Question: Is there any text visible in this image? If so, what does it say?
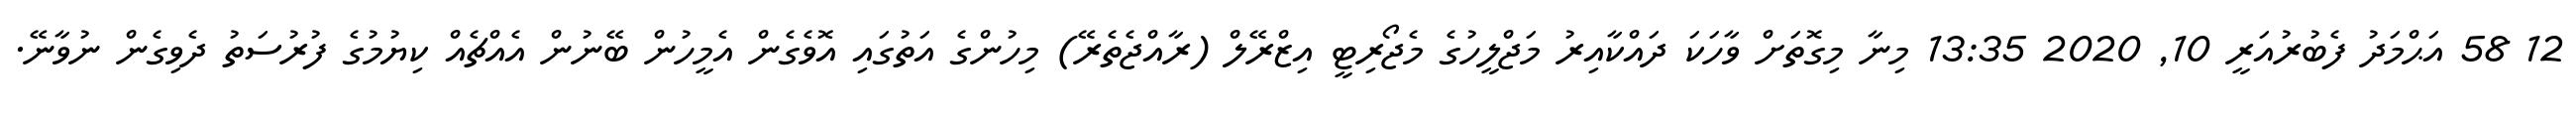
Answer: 12 58 އަޙްމަދު ފެބުރުއަރީ 10, 2020 13:35 މިނާ މިގޮތަށް ވާހަކަ ދައްކާއިރު މަޖްލީހުގެ މެޖޯރިޓީ އިޒްރޭލް (ރާއްޖެތެރޭ) މިހުންގެ އަތުގައި އޮވެގެން އެމީހުން ބޭނުން އެއްޗެއް ކިޔުމުގެ ފުރުސަތު ދެވިގެން ނުވާނޭ.